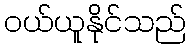
ဝယ်ယူနိုင်သည်